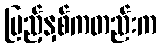
ပြည့်နှစ်ကတည်းက